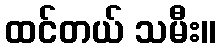
ထင်တယ် သမီး။